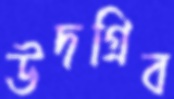
উদগ্রিব